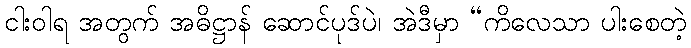
ငါးဝါရ အတွက် အဓိဋ္ဌာန် ဆောင်ပုဒ်ပဲ၊ အဲဒီမှာ “ကိလေသာ ပါးစေတဲ့